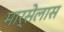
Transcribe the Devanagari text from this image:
मार्सेलास